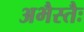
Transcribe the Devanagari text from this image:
अभैस्तैः